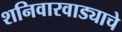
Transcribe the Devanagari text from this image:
शनिवारवाड्याचे